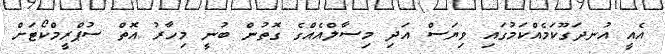
އެއީ އުނދަގޫކަމެއްކަމުގައި ވިޔަސް އަދި މިސާލްއެއްގެ ގޮތުން ބުނީ މިހާރު އޮތް ސުޕްރީމްކޯޓަށް